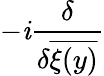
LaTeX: -\mathit{i}\frac{{\delta}}{{\delta\overline{{{{\xi(y)}}}}}}